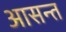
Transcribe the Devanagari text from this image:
आसन्त